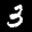
Label: 3